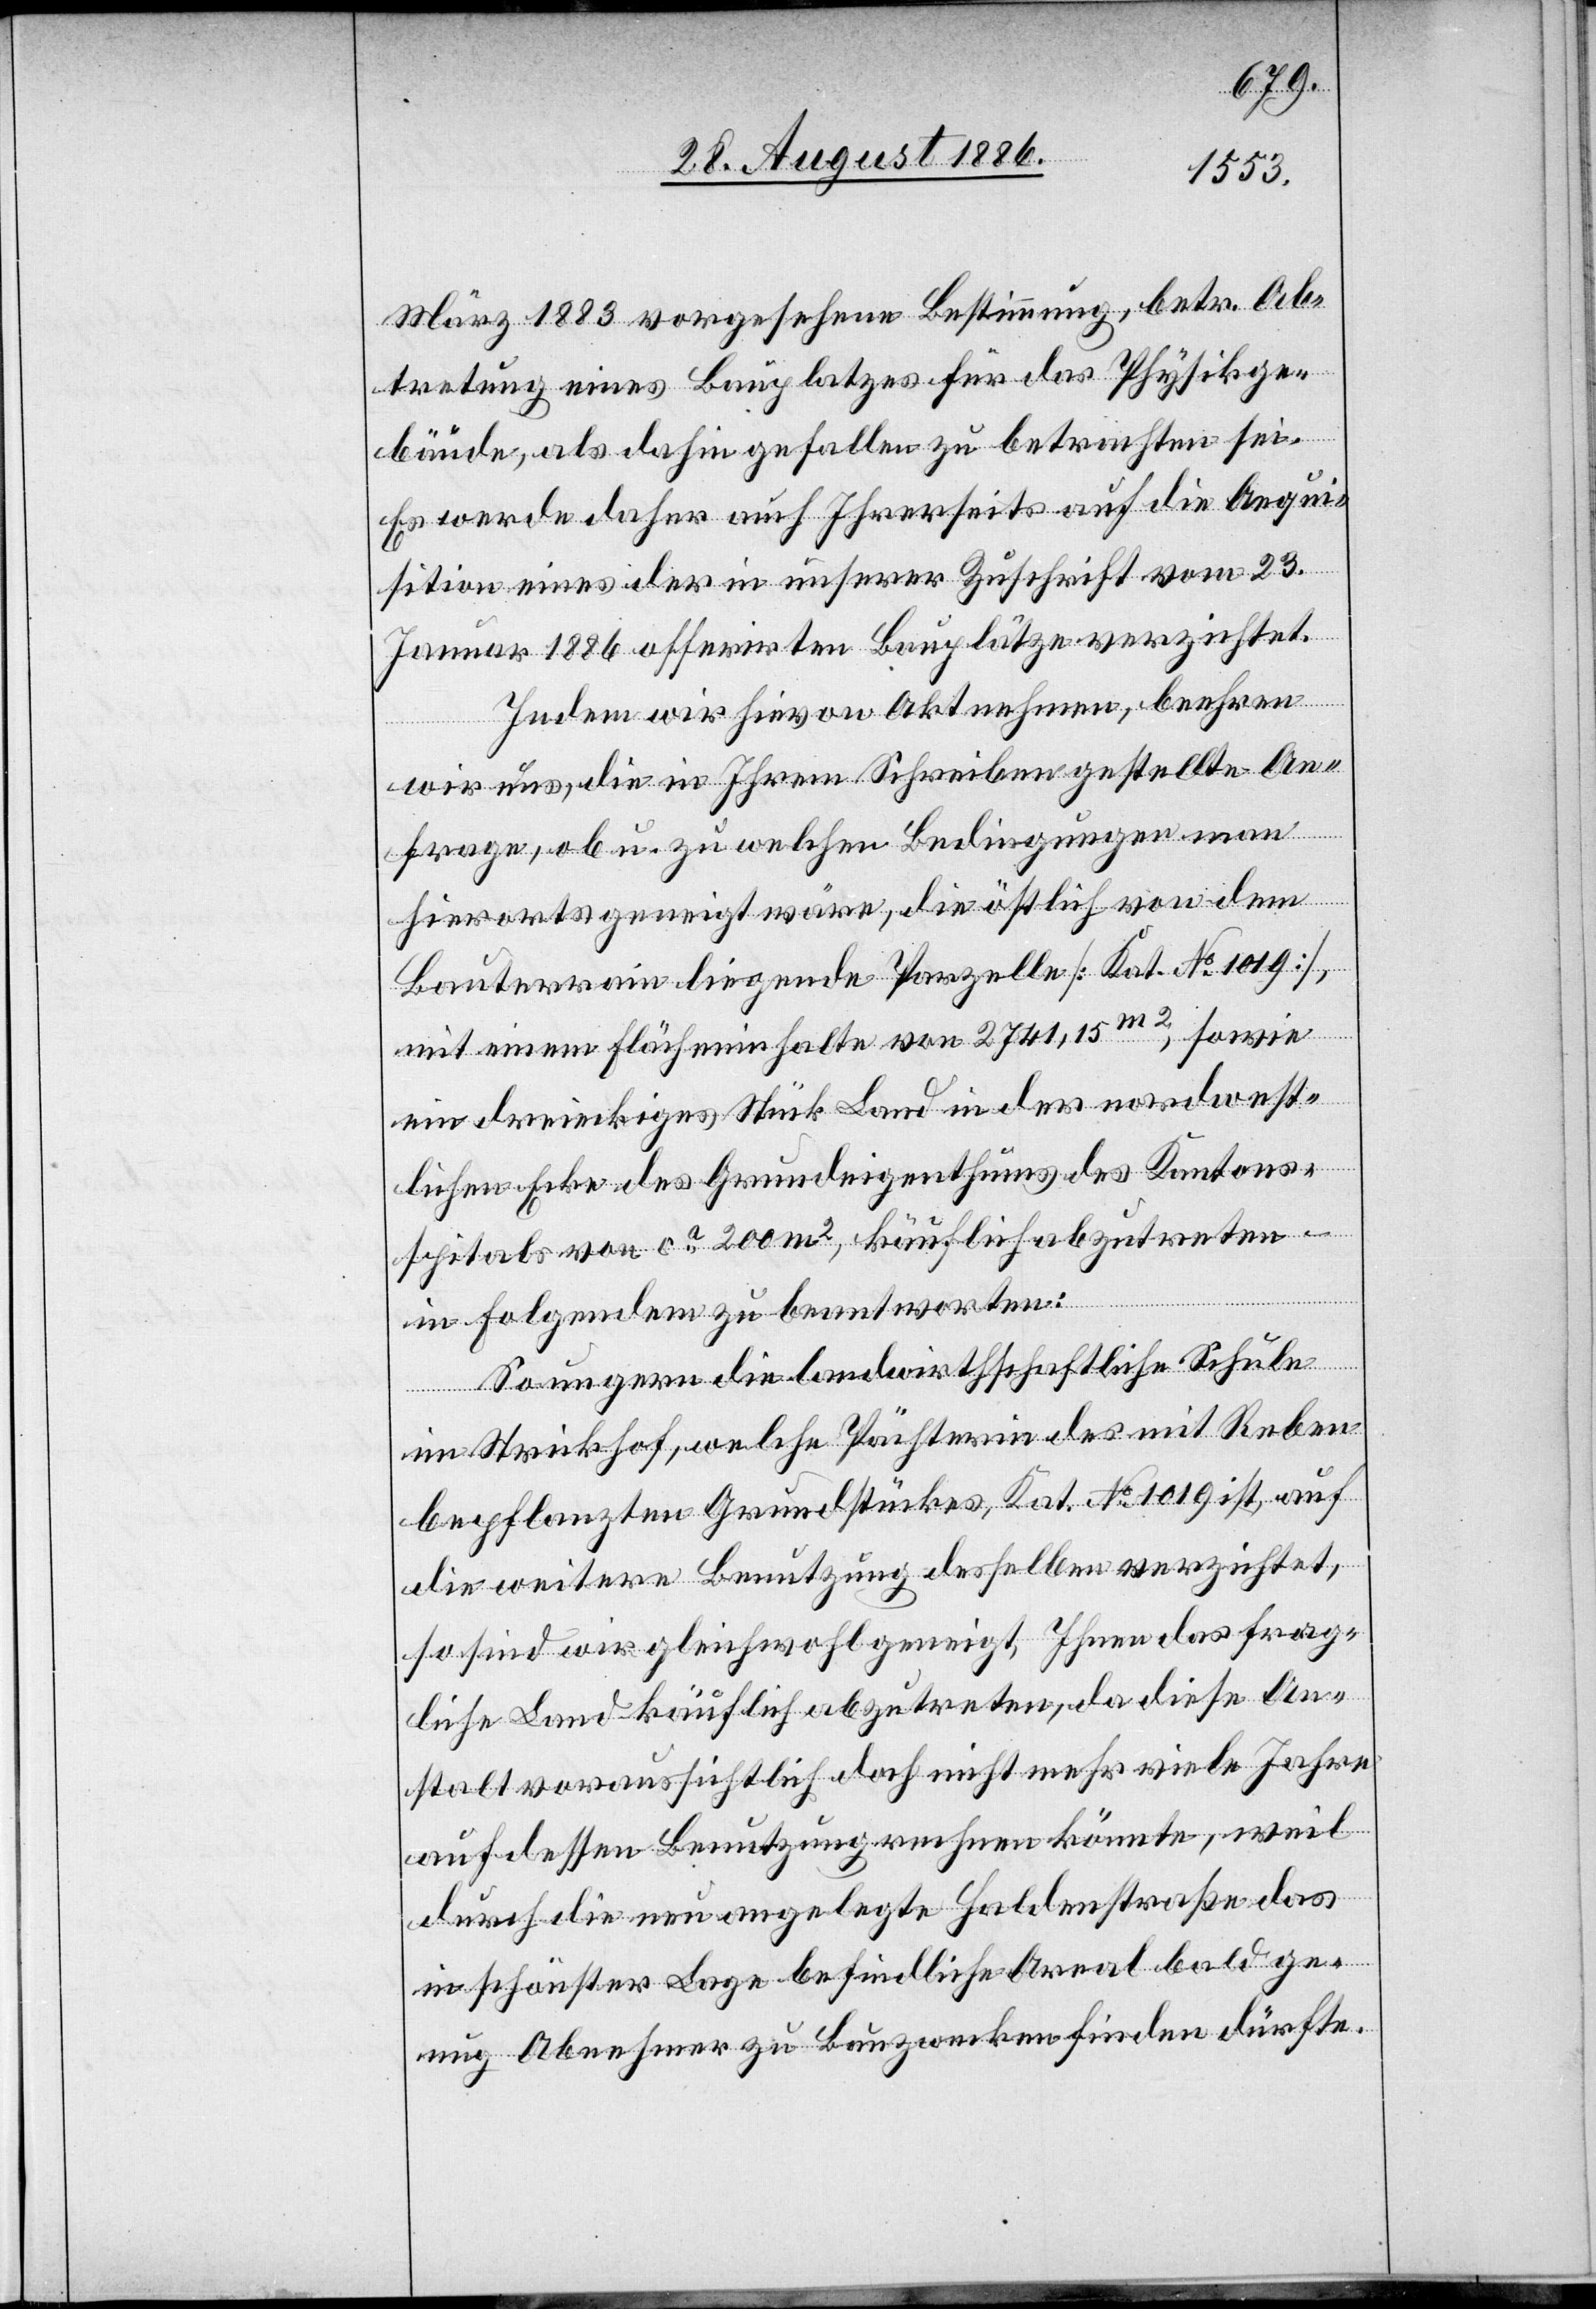
März 1883 vorgesehene Bestimmung, betr. Ab¬
tretung eines Bauplatzes für das Physikge¬
bäude, als dahin gefallen zu betrachten sei.
Es werde daher auch Ihrerseits auf die Acqui¬
sition eines der in unserer Zuschrift vom 23.
Januar 1886 offerirten Bauplätze verzichtet.
Indem wir hievon Akt nehmen, beehren
wir uns, die in Ihrem Schreiben gestellte An¬
frage, ob u. zu welchen Bedingungen man
hierorts geneigt wäre, die östlich von dem
Bauterrain liegende Parzelle [Kat. No 1019],
mit einem Flächeninhalte von 2741,15m2, sowie
ein dreieckiges Stück Land in der nordwest¬
lichen Ecke des Grundeigenthums des Kantons¬
spitals von ca 200 m2 käuflich abzutreten
in Folgendem zu beantworten:
So ungern die landwirthschaftliche Schule
im Strickhof, welche Pächterin des mit Reben
bepflanzten Grundstückes, Kat. No 1019 ist, auf
die weitere Benutzung desselben verzichtet,
so sind wir gleichwol geneigt, Ihnen das frag¬
liche Land käuflich abzutreten, da diese An¬
stalt voraussichtlich doch nicht mehr viele Jahre
auf dessen Benutzung rechnen könnte, weil
durch die neu angelegte Haldenstraße das
in schönster Lage befindliche Areal bald ge¬
nug Abnehmer zu Bauzwecken finden dürfte.